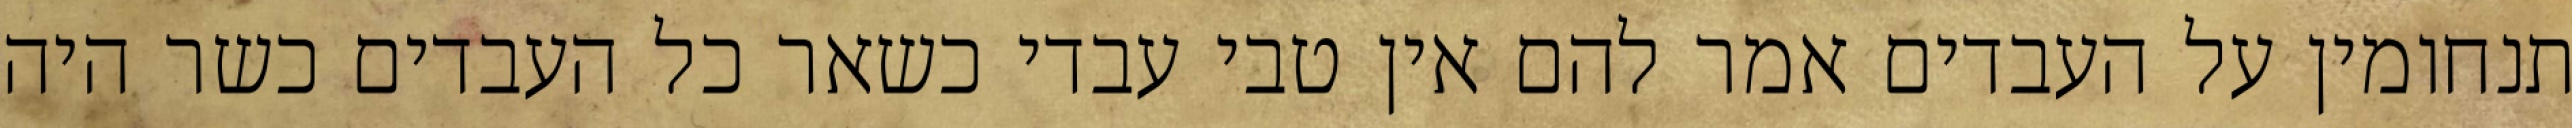
תנחומין על העבדים אמר להם אין טבי עבדי כשאר כל העבדים כשר היה